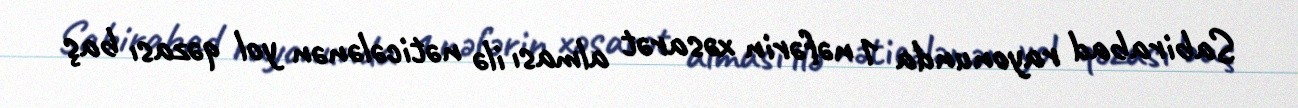
Sabirabad rayonunda 1 nəfərin xəsarət alması ilə nəticələnən yol qəzası baş